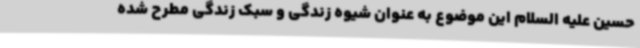
حسین علیه السلام این موضوع به عنوان شیوه زندگی و سبک زندگی مطرح شده